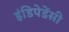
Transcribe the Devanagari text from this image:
इंडिपेडेंसी